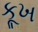
કૂખ